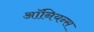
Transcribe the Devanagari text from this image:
ऑनियन्स